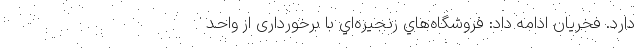
دارد. فخريان ادامه داد: فروشگاه‌هاي زنجيره‌اي با برخورداری از واحد